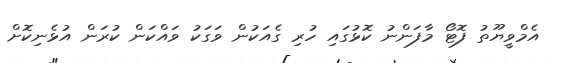
އެމްވީޔޫތު ފޮޓޯ މާފަންނު ކޮޅުގައި ހުރި ގެއަކުން ވަގަކު ވައްކަން ކުރަން އުޅެނިކޮށް